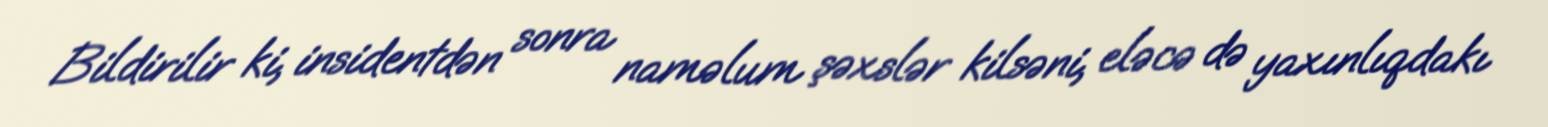
Bildirilir ki, insidentdən sonra naməlum şəxslər kilsəni, eləcə də yaxınlıqdakı